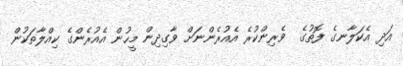
އަދި އެކަލާނގެ ފޮތުގެ  ވެރިންކުރެ އެއުރެންނަށް ވާގިދިން މީހުން އެއުރެންގެ ކިއްލާތަކުން